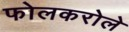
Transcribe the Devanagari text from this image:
फोलकरोले